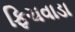
ફિચવાડા